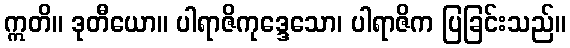
ဣတိ။ ဒုတီယော။ ပါရာဇိကုဒ္ဒေသော၊ ပါရာဇိက ပြခြင်းသည်။